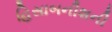
હિસાબનીશની